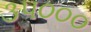
૩૫૦૦૦